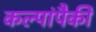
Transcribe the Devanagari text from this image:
कल्पांपैकी